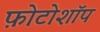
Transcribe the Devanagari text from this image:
फ़ोटोशॉप